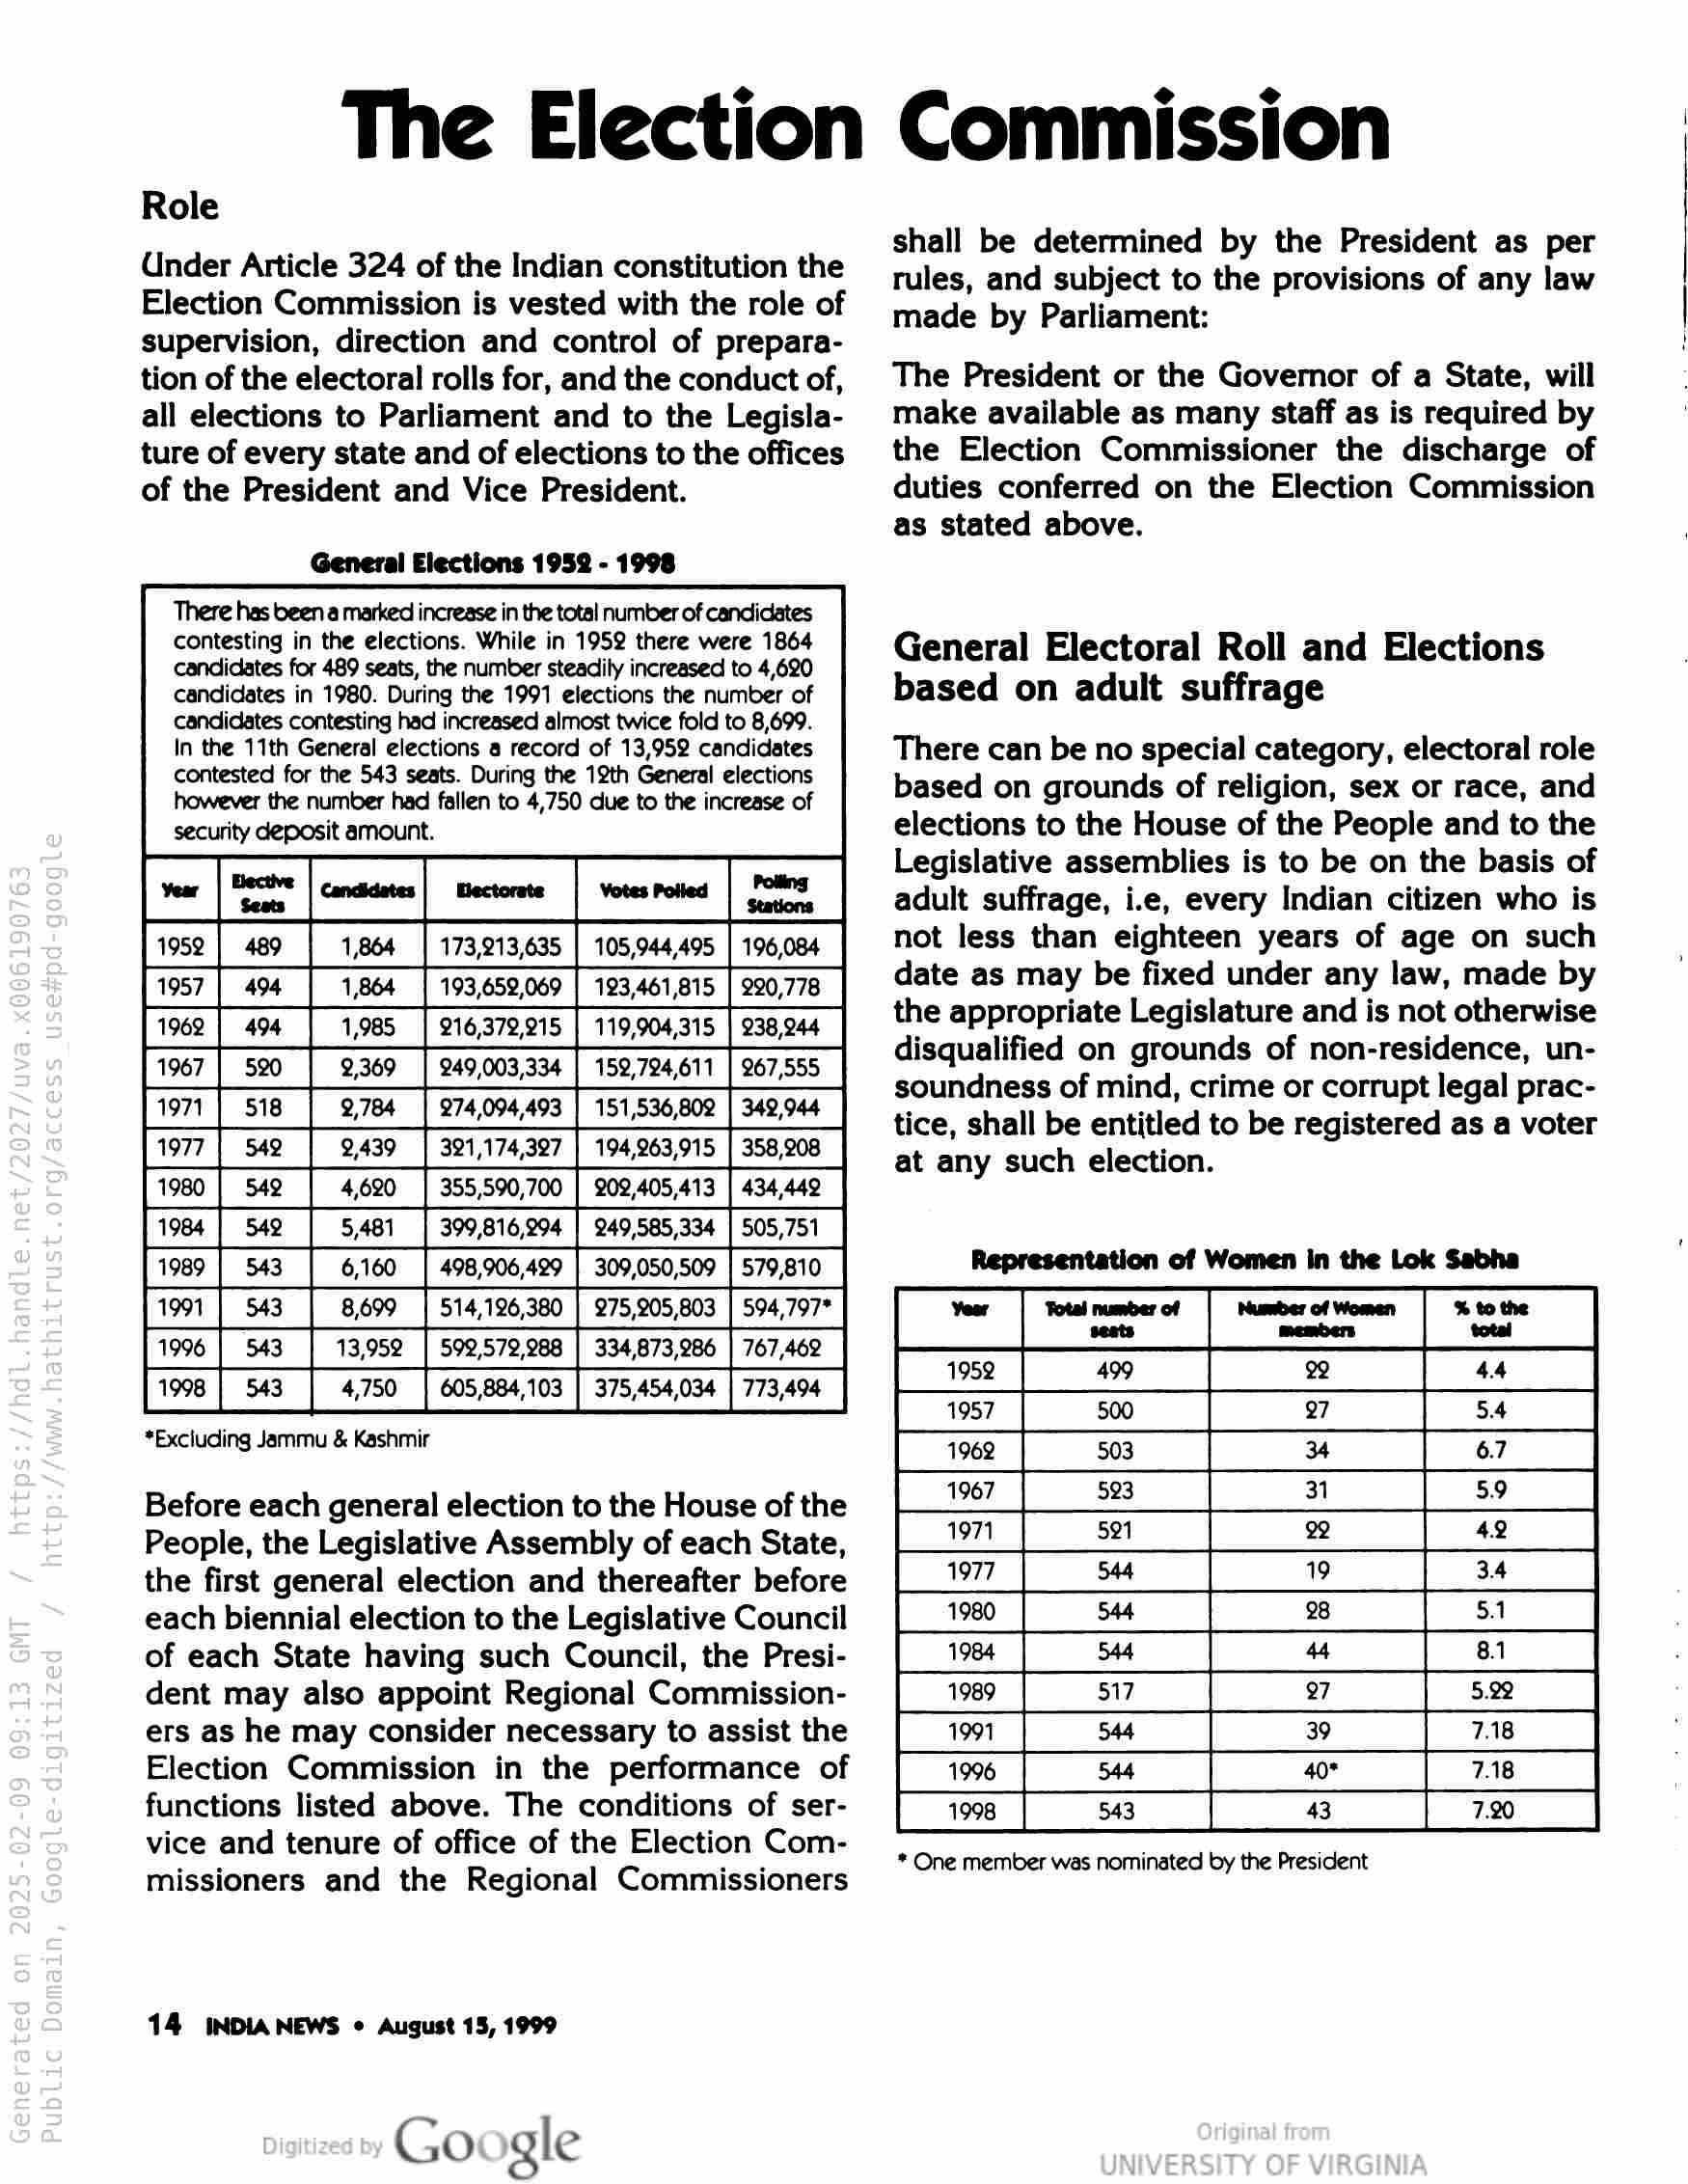
The Election Commission

Role

Under Article 324 of the Indian constitution the
Election Commission is vested with the role of
supervision, direction and control of prepara-
tion of the electoral rolls for, and the conduct of,
all elections to Parliament and to the Legisla-
ture of every state and of elections to the offices
of the President and Vice President.

General Elections 1952 - 1998

There has been a marked increase in the total number of candidates
contesting in the elections. While in 1952 there were 1864
candidates for 489 seats, the number steadily increased to 4,620
candidates in 1980. During the 1991 elections the number of
candidates contesting had increased almost twice fold to 8,699.
In the 11th General elections a record of 13,952 candidates
contested for the 543 seats. During the 12th General elections
however the number had fallen to 4,750 due to the increase of
security deposit amount.

me | st [onan | tee | vores | ee
Fase | en | aoe rraeraees | roms [600 |
957 [a4 | 164 | 195658067 | 195.46,615 | 290,78
fee [94 | 1905 [oreares | 119904 | e50946
fr [seo [9369] 249003354 | 159,724.67 | 267555
fant [ sie | s.7e4 | 7694. | 151596608 | 960
for [se] 94a | 1,74307 | 194985975 [358908 |

543 i

a

99 a "

*Excluding Jammu & Kashmir

E

Before each general election to the House of the
People, the Legislative Assembly of each State,
the first general election and thereafter before
each biennial election to the Legislative Council
of each State having such Council, the Presi-
dent may also appoint Regional Commission-
ers as he may consider necessary to assist the
Election Commission in the performance of
functions listed above. The conditions of ser-
vice and tenure of office of the Election Com-
missioners and the Regional Commissioners

14 INDIA NEWS © August 15, 1999

Go gle

shall be determined by the President as per
tules, and subject to the provisions of any law
made by Parliament:

The President or the Governor of a State, will
make available as many staff as is required by
the Election Commissioner the discharge of
duties conferred on the Election Commission
as stated above.

General Electoral Roll and Elections
based on adult suffrage

There can be no special category, electoral role
based on grounds of religion, sex or race, and
elections to the House of the People and to the
Legislative assemblies is to be on the basis of
adult suffrage, i.e, every Indian citizen who is
not less than eighteen years of age on such
date as may be fixed under any law, made by
the appropriate Legislature and is not otherwise
disqualified on grounds of non-residence, un-
soundness of mind, crime or corrupt legal prac-
tice, shall be entitled to be registered as a voter
at any such election.

Representation of Women in the Lok Sabha

* One member was nominated by the President